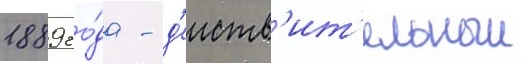
1889 го́да - д'еиств'ит'ельныи